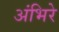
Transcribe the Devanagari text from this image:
अंभिरे